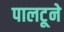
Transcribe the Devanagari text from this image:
पालटूने